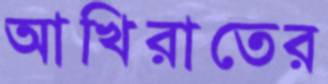
আখিরাতের